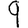
Digit: 9